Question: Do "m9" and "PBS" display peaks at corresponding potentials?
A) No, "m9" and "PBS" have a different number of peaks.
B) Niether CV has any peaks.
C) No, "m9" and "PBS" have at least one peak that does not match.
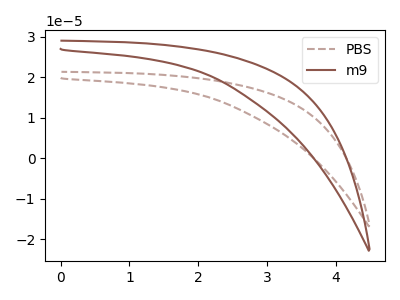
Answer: <think>The brown dashed curve "PBS" has no peaks. The brown curve "m9" has no peaks.</think>
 <answer>B) Niether CV has any peaks.</answer>
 <eval>B</eval>